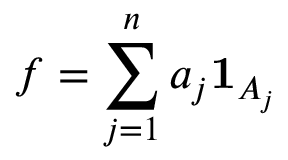
f = \sum _ { j = 1 } ^ { n } a _ { j } \mathbf { 1 } _ { A _ { j } }